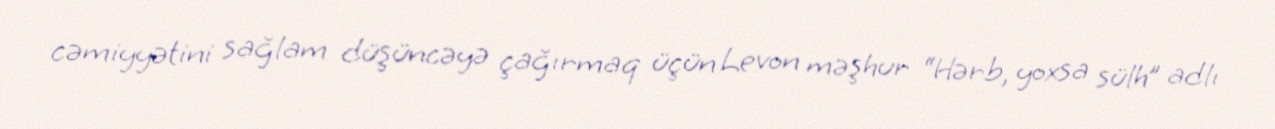
cəmiyyətini sağlam düşüncəyə çağırmaq üçün Levon məşhur “Hərb, yoxsa sülh” adlı